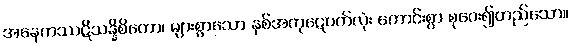
အနေကဿဋိသန္နိစိတော၊ များစွာသော နှစ်အကုဋေပတ်လုံး ကောင်းစွာ စုဝေး၍တည်သော။